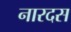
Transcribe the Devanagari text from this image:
नारदस